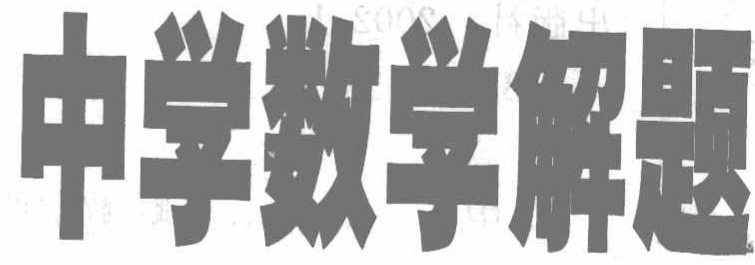
中学数学解题